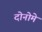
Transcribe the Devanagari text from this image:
दोनोमे